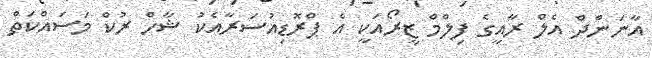
އާނަންދް އެލް ރާއީގެ ފިލްމް ޒީރޯއަކީ އެ ޕްރޮޑިއުސަރާއެކު ޝާހް ރުކް މަސައްކަތް